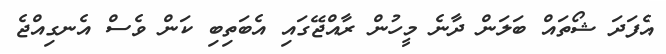
އެފަދަ ޝޯތައް ބަލަން ދާނެ މީހުން ރާއްޖޭގައި އެބަތިބި ކަން ވެސް އެނގިއްޖެ